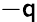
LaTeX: -\mathsf{q}